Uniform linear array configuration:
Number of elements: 16
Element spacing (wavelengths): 1
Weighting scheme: uniform
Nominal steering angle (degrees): -30
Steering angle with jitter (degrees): -30.737
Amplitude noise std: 0.05
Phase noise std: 0.05

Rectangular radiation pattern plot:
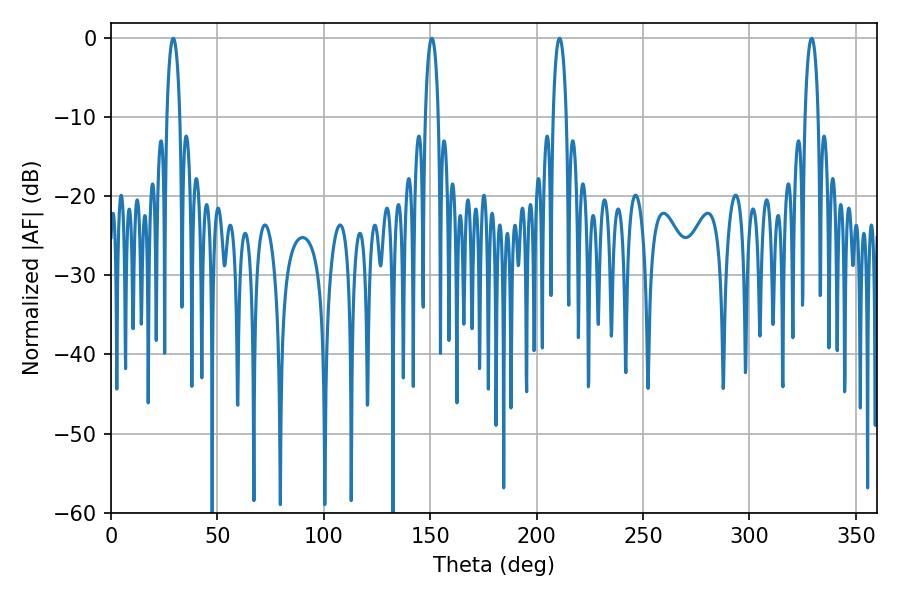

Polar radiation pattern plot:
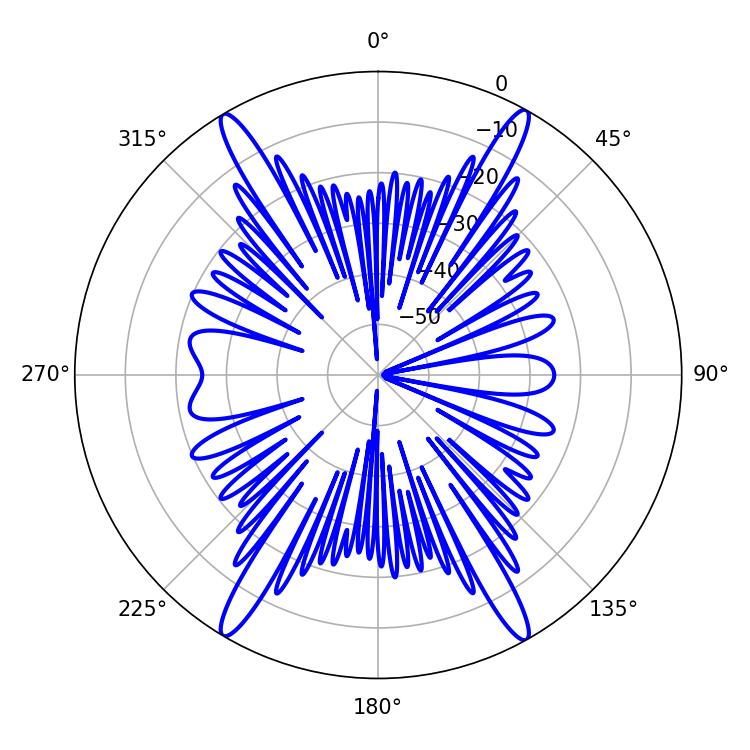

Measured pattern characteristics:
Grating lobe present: TRUE
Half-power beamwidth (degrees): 3.6
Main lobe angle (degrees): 329.22